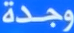
وجدة